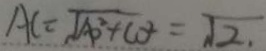
A C = \sqrt { A O ^ { 2 } + C D ^ { 2 } } = \sqrt { 2 } .